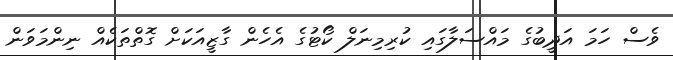
ވެސް ހަމަ އަދީބުގެ މައްސަލާގައި ކުރިމިނަލް ކޯޓުގެ އެހެން ގާޒީއަކަށް ގޮތްތަކެއް ނިންމަވަން